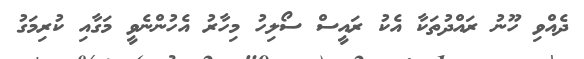
ދެއްވި ހޫނު ރައްދުތަކާ އެކު ރައީސް ސޯލިހު މިހާރު އެހުންނެވީ މަގާއި ކުރިމަގު